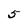
Character: 5